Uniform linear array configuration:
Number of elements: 64
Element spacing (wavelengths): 0.75
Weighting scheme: blackman
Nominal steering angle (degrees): -15
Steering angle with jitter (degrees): -13.545
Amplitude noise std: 0.05
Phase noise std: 0.05

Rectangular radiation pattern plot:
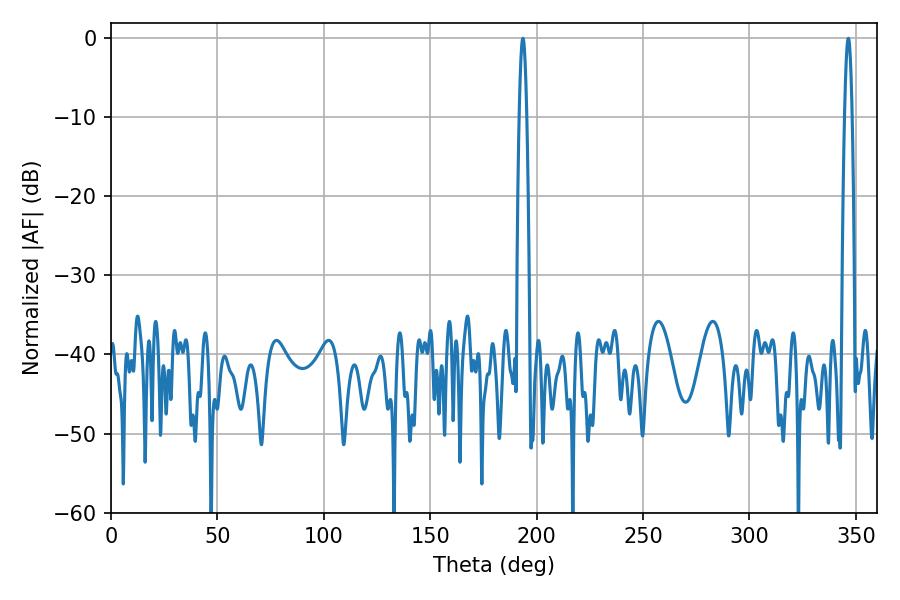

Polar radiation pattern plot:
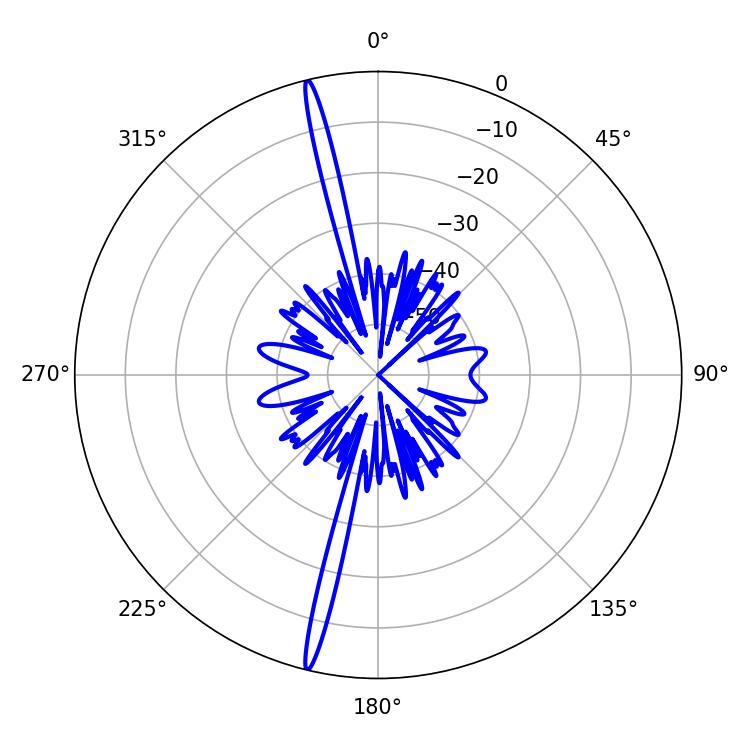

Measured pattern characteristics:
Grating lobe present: TRUE
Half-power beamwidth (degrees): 1.8
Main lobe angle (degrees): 193.5